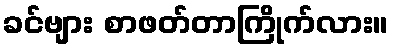
ခင်ဗျား စာဖတ်တာကြိုက်လား။